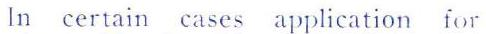
In certain cases application for